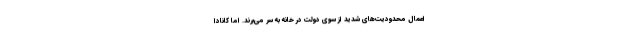
اعمال محدودیت‌های شدید از سوی دولت در خانه به سر می‌برند. اما کانادا